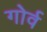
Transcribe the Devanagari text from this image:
गोर्व